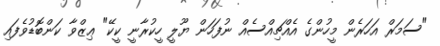
"ސަމަރް އަހަރެން މީހުންގެ އެއްޗިއްސެއް ނުފަހަން ޔޫލީ ހީކުރާނީ ކީކޭ" ޢިޒްވާ ކަންބޮޑުވެފައި